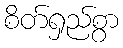
စိတ်ရှည်စွာ